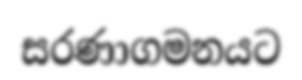
සරණාගමනයට